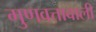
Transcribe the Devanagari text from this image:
गुणवत्तावाली